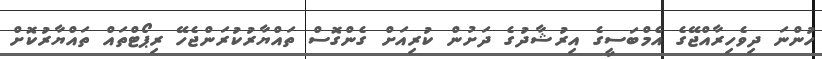
ހުންނަ ދިވެހިރާއްޖޭގެ އެމްބަސީގެ އިރުޝާދުގެ ދަށުން ކުރިއަށް ގެންގޮސް ތައްޔާރުކުރަންޖެހޭ ރިޕޯޓްތައް ތައްޔާރުކޮށް